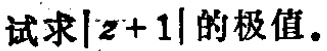
试求\(|z + 1|\)的极值。